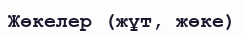
Жөкелер (жұт, жөке)